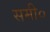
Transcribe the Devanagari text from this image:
समी०